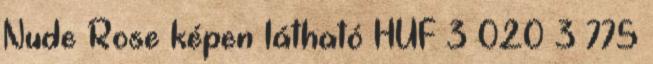
Nude Rose képen látható HUF 3 020 3 775